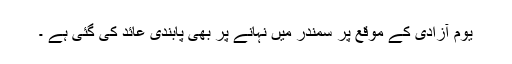
یوم آزادی کے موقع پر سمندر میں نہانے پر بھی پابندی عائد کی گئی ہے ۔